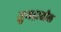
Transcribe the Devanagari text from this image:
सुमद्रातील